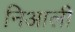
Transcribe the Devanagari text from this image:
निआली